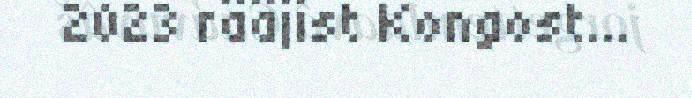
2023 rääjist Kongost...